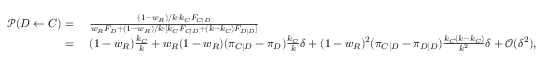
\begin{array} { r l } { \mathcal { P } ( D \gets C ) = } & { ~ \frac { ( 1 - w _ { R } ) / k \cdot k _ { C } F _ { C | D } } { w _ { R } F _ { D } + ( 1 - w _ { R } ) / k \cdot [ k _ { C } F _ { C | D } + ( k - k _ { C } ) F _ { D | D } ] } } \\ { = } & { ~ ( 1 - w _ { R } ) \frac { k _ { C } } { k } + w _ { R } ( 1 - w _ { R } ) ( \pi _ { C | D } - \pi _ { D } ) \frac { k _ { C } } { k } \delta + ( 1 - w _ { R } ) ^ { 2 } ( \pi _ { C | D } - \pi _ { D | D } ) \frac { k _ { C } ( k - k _ { C } ) } { k ^ { 2 } } \delta + \mathcal { O } ( \delta ^ { 2 } ) , } \end{array}